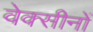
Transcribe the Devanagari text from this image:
वेक्सीनों